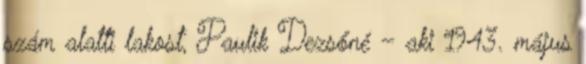
szám alatti lakost, Paulik Dezsőné – aki 1943. május